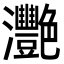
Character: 灧